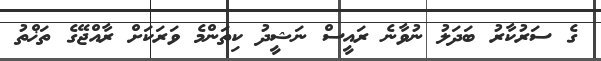
ގެ ސަރުކާރު ބަދަލު ނުވާނެ ރައީސް ނަޝީދު ކިތަންމެ ވަރަކަށް ރާއްޖޭގެ ތަޚްތު